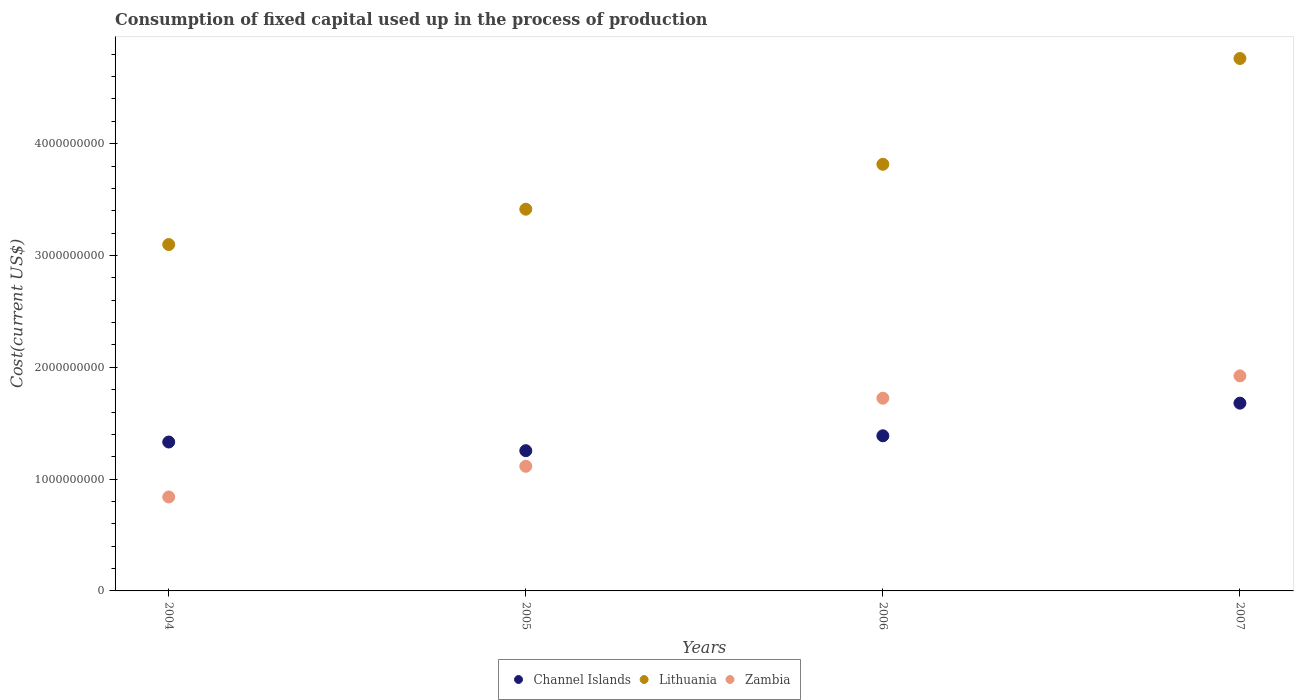
| Years | Channel Islands | Lithuania | Zambia |
 | --- | --- | --- | --- |
 | 2004 | 1.33e+09 | 3.1e+09 | 8.4e+08 |
 | 2005 | 1.25e+09 | 3.41e+09 | 1.11e+09 |
 | 2006 | 1.39e+09 | 3.82e+09 | 1.72e+09 |
 | 2007 | 1.68e+09 | 4.76e+09 | 1.92e+09 |